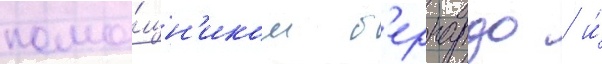
помо́щн'иком б'ернардо / и́